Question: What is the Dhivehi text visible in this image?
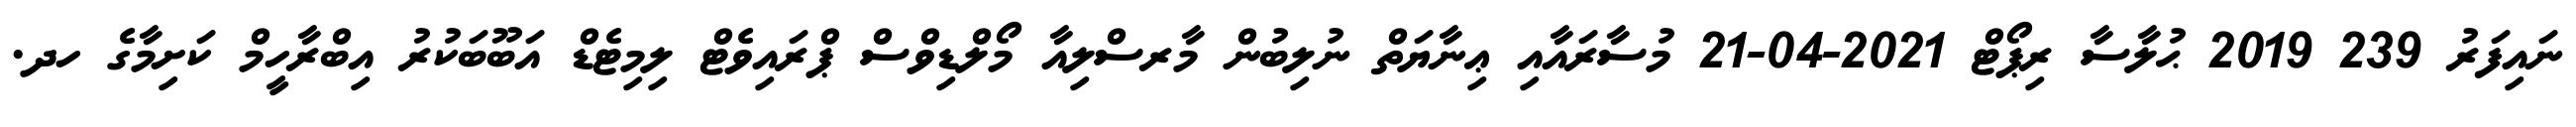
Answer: ނައިފަރު 239 2019 ޙުލާސާ ރިޕޯޓް 2021-04-21 މުސާރައާއި ޢިނާޔަތް ނުލިބުން މާރސްލިއާ މޯލްޑިވްސް ޕްރައިވެޓް ލިމިޓެޑް އަބޫބަކުރު އިބްރާހީމް ކަށިމާގެ ހދ.